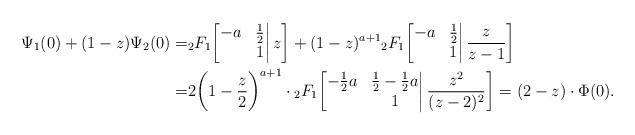
LaTeX: \begin{align*}\Psi_1(0)+(1-z)\Psi_2(0)=&{}_2F_1\bigg[\begin{matrix}-a&\frac12\\&1\end{matrix}\bigg|\,z\bigg]+(1-z)^{a+1}{}_2F_1\bigg[\begin{matrix}-a&\frac12\\&1\end{matrix}\bigg|\,\frac{z}{z-1}\bigg]\\=&2\bigg(1-\frac z2\bigg)^{a+1}\cdot{}_2F_1\bigg[\begin{matrix}-\frac12a&\frac12-\frac12a\\&1\end{matrix}\bigg|\,\frac{z^2}{(z-2)^2}\bigg]=(2-z)\cdot\Phi(0).\end{align*}